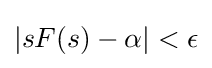
|sF(s)-\alpha |<\epsilon